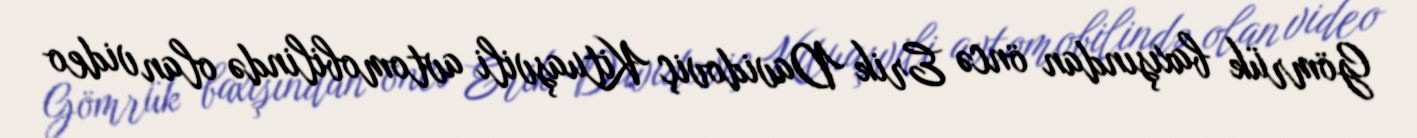
Gömrük baxışından öncə Erik Davidoviç Kituaşvili avtomobilində olan video